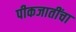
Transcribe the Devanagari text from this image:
पीकजातींचा